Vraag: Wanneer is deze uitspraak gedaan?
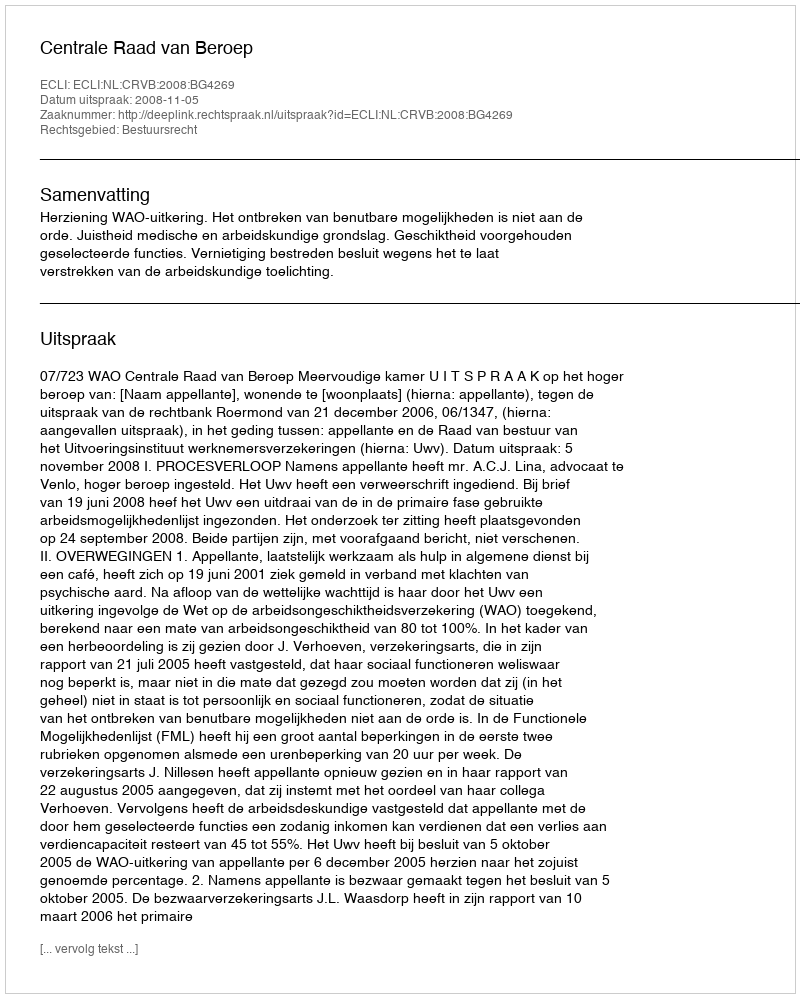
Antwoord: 2008-11-05